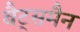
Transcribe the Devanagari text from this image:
बैट्समैन